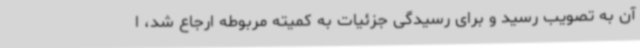
آن به تصویب رسید و برای رسیدگی جزئیات به کمیته مربوطه ارجاع شد، ا